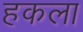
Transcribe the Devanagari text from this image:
हकला